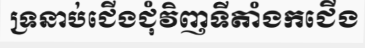
ទ្រនាប់ជើងជុំវិញទីតាំងកជើង